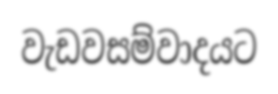
වැඩවසම්වාදයට